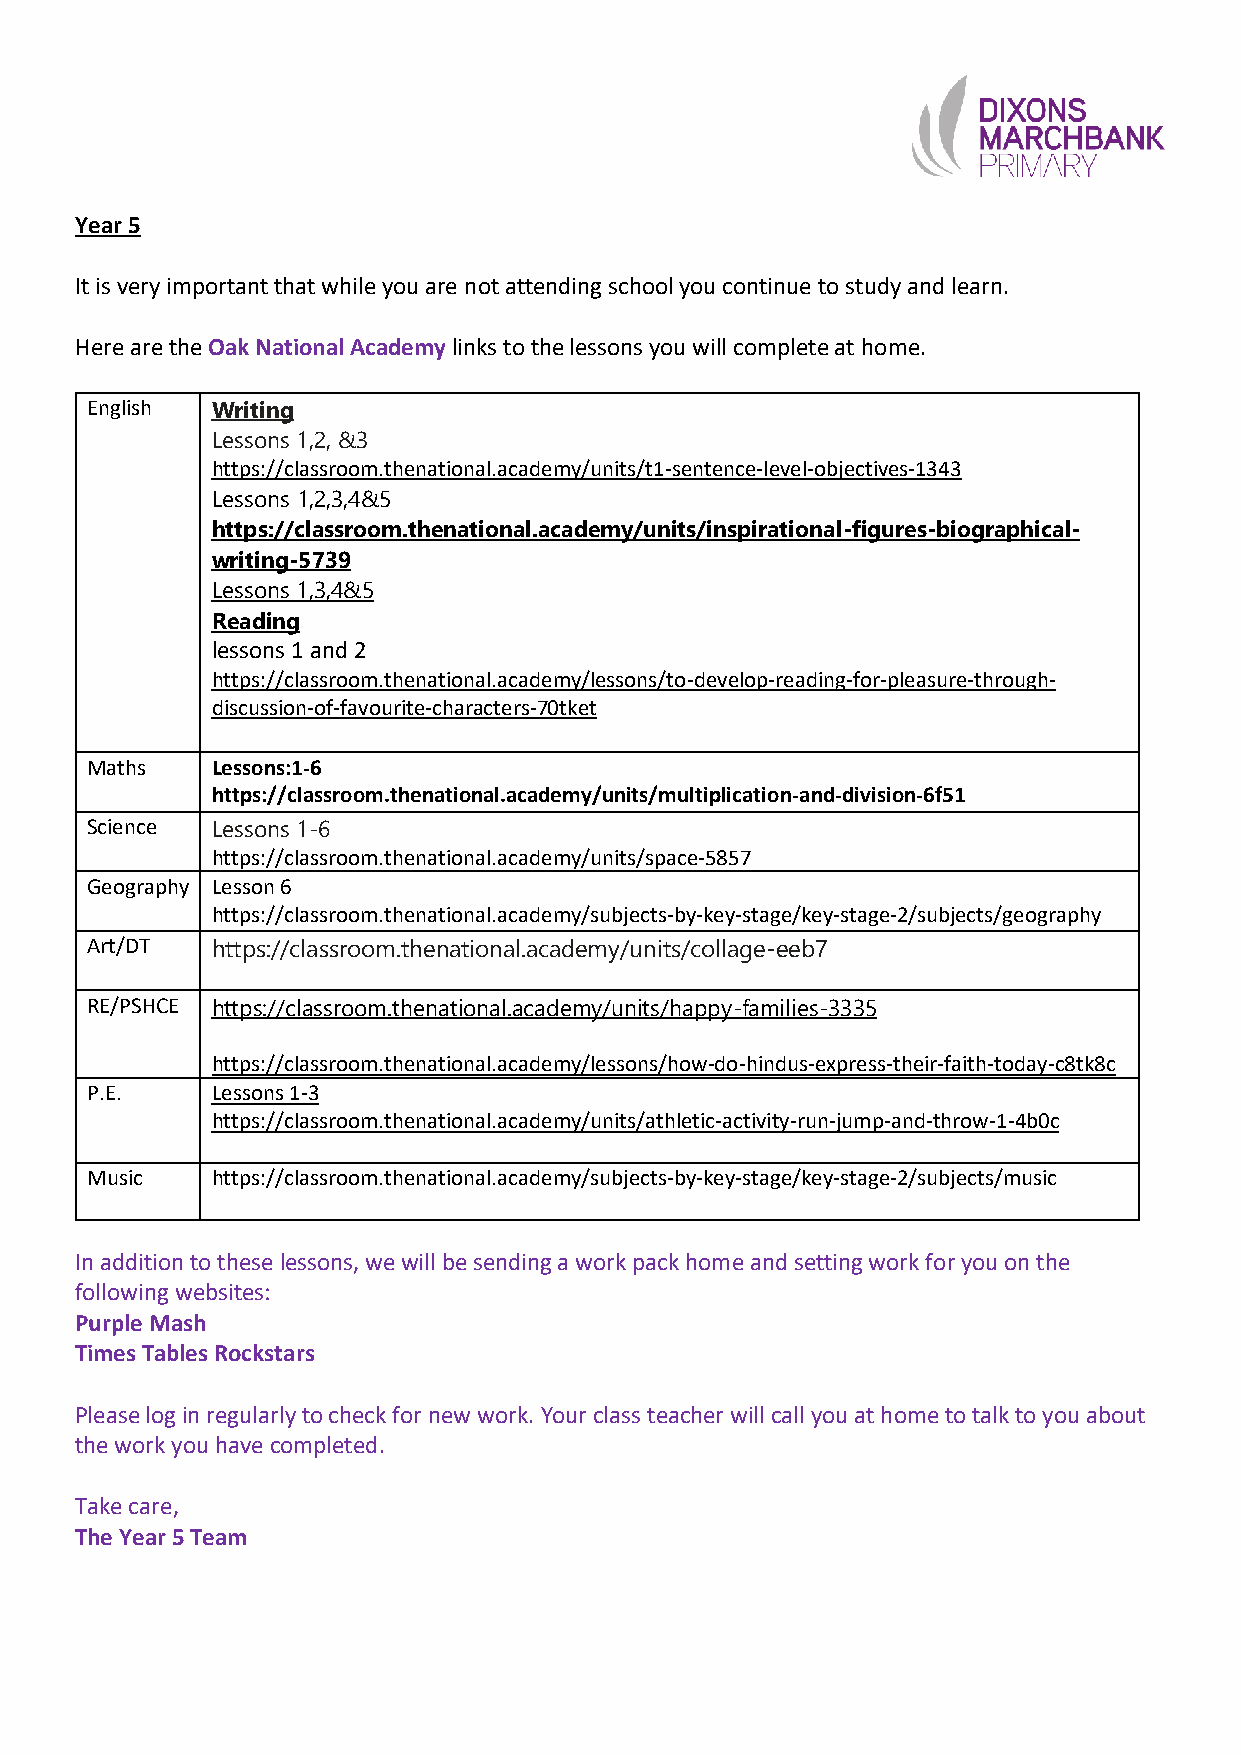
Year 5
 It is very important that while you are not attending school you continue to study and learn.
 Here are the Oak National Academy links to the lessons you will complete at home.
 English Writing
 Lessons 1,2, &3
 https://classroom.thenational.academy/units/t1-sentence-level-objectives-1343
 Lessons 1,2,3,4&5
 https://classroom.thenational.academy/units/inspirational-figures-biographical-
 writing-5739
 Lessons 1,3,4&5
 Reading
 lessons 1 and 2
 https://classroom.thenational.academy/lessons/to-develop-reading-for-pleasure-through-
 discussion-of-favourite-characters-70tket
 Maths   Lessons:1-6
 https://classroom.thenational.academy/units/multiplication-and-division-6f51
 Science Lessons 1-6
 https://classroom.thenational.academy/units/space-5857
 Geography Lesson 6
 https://classroom.thenational.academy/subjects-by-key-stage/key-stage-2/subjects/geography
 Art/DT  https://classroom.thenational.academy/units/collage-eeb7
 RE/PSHCE https://classroom.thenational.academy/units/happy-families-3335
 https://classroom.thenational.academy/lessons/how-do-hindus-express-their-faith-today-c8tk8c
 P.E.    Lessons 1-3
 https://classroom.thenational.academy/units/athletic-activity-run-jump-and-throw-1-4b0c
 Music   https://classroom.thenational.academy/subjects-by-key-stage/key-stage-2/subjects/music
 In addition to these lessons, we will be sending a work pack home and setting work for you on the
 following websites:
 Purple Mash
 Times Tables Rockstars
 Please log in regularly to check for new work. Your class teacher will call you at home to talk to you about
 the work you have completed.
 Take care,
 The Year 5 Team